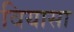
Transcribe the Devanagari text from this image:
वियासा